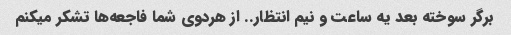
برگر سوخته بعد یه ساعت و نیم انتظار.. از هردوی شما فاجعه‌ها تشکر میکنم